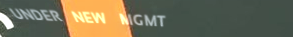
UNDER NEW MGMT